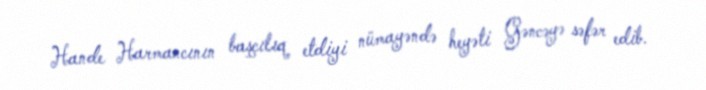
Hande Harmancının başçılıq etdiyi nümayəndə heyəti Gəncəyə səfər edib.